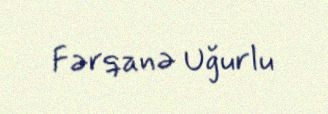
Fərqanə Uğurlu